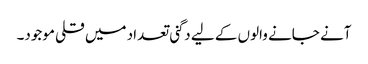
آنے جانے والوں کے لیے دگنی تعداد میں قلی موجود۔